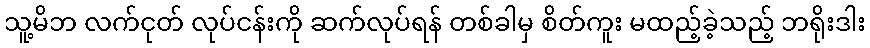
သူ့မိဘ လက်ငုတ် လုပ်ငန်းကို ဆက်လုပ်ရန် တစ်ခါမှ စိတ်ကူး မထည့်ခဲ့သည့် ဘရိုးဒါး